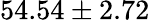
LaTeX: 54.54\pm 2.72